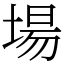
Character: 場